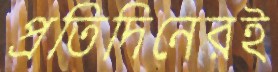
প্রতিদিনেরই